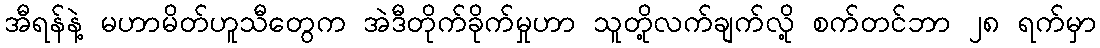
အီရန်နဲ့ မဟာမိတ်ဟူသီတွေက အဲဒီတိုက်ခိုက်မှုဟာ သူတို့လက်ချက်လို့ စက်တင်ဘာ ၂၈ ရက်မှာ